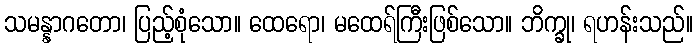
သမန္နာဂတော၊ ပြည့်စုံသော။ ထေရော၊ မထေရ်ကြီးဖြစ်သော။ ဘိက္ခု၊ ရဟန်းသည်။